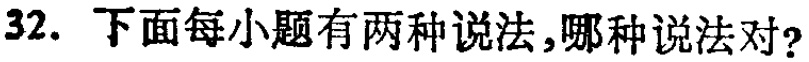
32. 下面每小题有两种说法,哪种说法对?